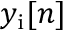
y _ { \mathrm { i } } [ n ]